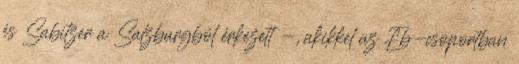
és Sabitzer a Salzburgból érkezett -, akikkel az Eb-csoportban